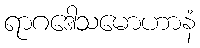
ရာဂဒေါသမောဟာနံ